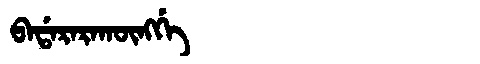
Manchu: ᠪᠠᡩᠠᡵᠠᡵᠠᡴᡡᠩᡤᡝ
Romanization: BADARARAKŪNGGE